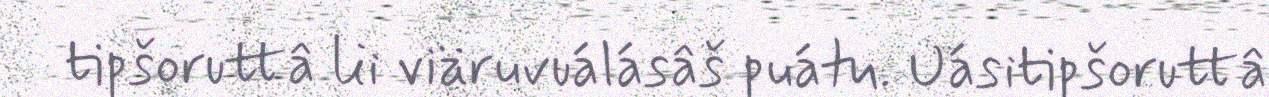
tipšoruttâ lii viäruvuálásâš puátu. Uásitipšoruttâ